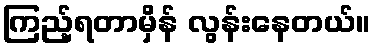
ကြည့်ရတာမှိန် လွန်းနေတယ်။